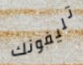
تليفونك